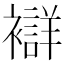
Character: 𧞆